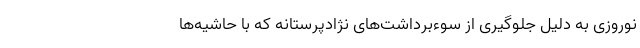
نوروزی به دلیل جلوگیری از سوءبرداشت‌های نژادپرستانه که با حاشیه‌ها